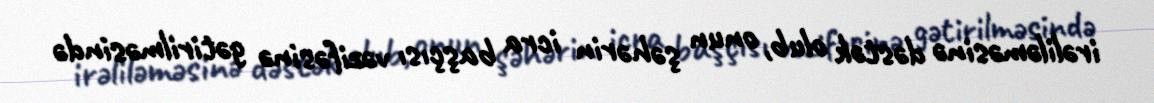
irəliləməsinə dəstək olub, onun şəhərin icra başçısı vəzifəsinə gətirilməsində